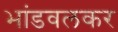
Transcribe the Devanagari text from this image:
भांडवलकर